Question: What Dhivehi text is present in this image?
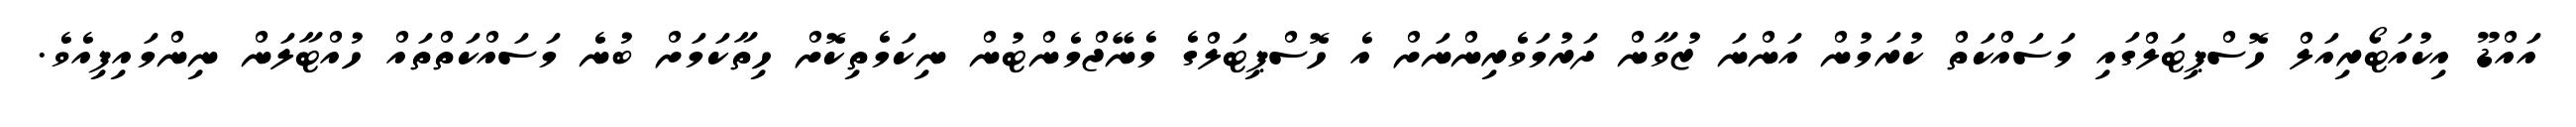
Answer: އައްޑޫ އިކުއަޓޯރިއަލް ހޮސްޕިޓަލްގައި މަސައްކަތް ކުރަމުން އަންނަ ޒުވާން ދަރުމަވެރިންނަށް އެ ހޮސްޕިޓަލްގެ މެނޭޖްމެންޓުން ނިކަމެތިކޮށް ހިތާކަމަށް ބުނެ މަސައްކަތްތައް ހުއްޓާލަން ނިންމައިފިއެވެ.